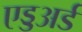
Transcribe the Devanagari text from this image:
एड्डअर्ड